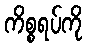
ကိစ္စရပ်ကို